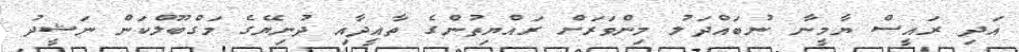
އަދި ރައީސް ޔާމީނާ ނުބައްދަލު މިންވަރަށް ރައްޔިތުންގެ ތާއީދާއި ދުނިޔޭގެ މަގްބޫލްކަން ނަޝީދު